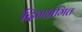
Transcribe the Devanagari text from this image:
दिगभ्रमित